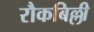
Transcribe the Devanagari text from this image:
रौकबिल्ली